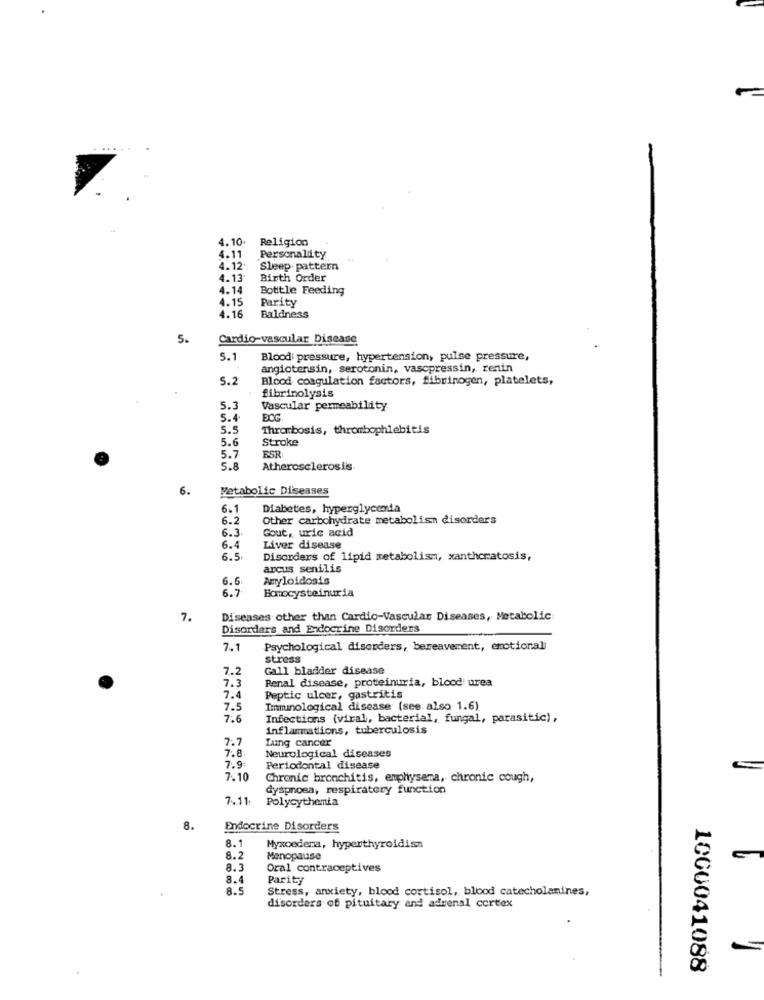
....
4.10.
Religion
4.11
Personality
4.12.
Sleep. pattern
4.13
Birth Order
4.14
Bottle Feeding
4.15
Parity
4.16
Baldness
5.
Cardio-vascular Disease
5.1
Bloodi pressure, hypertension, pulse pressure,
angiotensin, serotonin, vasopressin, renin
5.
Blood coagulation factors, fibrinogen, platelets,
fibrinolysis
5.3
Vascular permeability
5.4
DOG
5.5
Thrombosis, thrombophlebitis
5.6
Stroke
5.7
ESR
5.8
Atherosclerosis
6.
Metabolic Diseases
6-1
Diabetes, hyperglycemia
6.2
Other carbohydrate metabolism disorders
6.3
Gout, uric acid
6.4
Liver disease
6.5
Disorders of lipid metabolism, xanthomatosis,
arcus senilis
6.6
Amyloidosis
6.7
Homocysteinuria
7.
Diseases other than Cardio-Vascular Diseases, Metabolic
Disorders and Endocrine Disorders
7.1
Psychological disorders, bereavement, emotional
stress
7.2
Gall bladder disease
7.3
Renal disease, proteinuria, blood urea
7.4
Peptic ulcer, gastritis
7.5
Immunological disease (see also 1.6)
7.6
Infections (viral, bacterial, fungal, parasitic),
Inflammations, tuberculosis
7.7
Lung cancer
7.8
Neurological diseases
7.9:
Periodontal disease
7.10
Chronic bronchitis, emphysema, chronic cough,
dyspnoea, respiratory function
7.11
Polycythemia
8.
Endocrine Disorders
8.1
Myxoedema, hyperthyroidism
8.2
Menopause
8.3
Oral contraceptives
8.4
Parity
8.5
Stress, anxiety, blood cortisol, blood catecholanines,
disorders of pituitary and adrenal cortex
1000041088